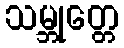
သမ္ဘုတ္တေ